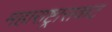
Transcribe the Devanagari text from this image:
महाराष्ट्रासकट